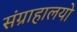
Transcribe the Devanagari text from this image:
संग्राहालयो